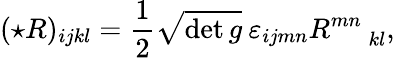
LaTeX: (\star R)_{ijkl}={\frac{1}{2}}\sqrt{\operatorname*{det}g}\: \varepsilon_{ijmn}R_{\: \: \: \: \: \: kl}^{mn},